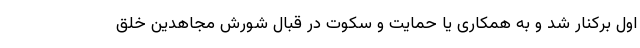
اول برکنار شد و به همکاری یا حمایت و سکوت در قبال شورش مجاهدین خلق